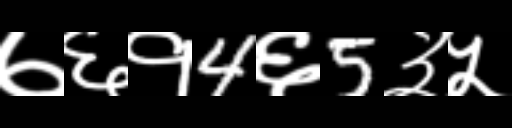
Text: ७६१4६5३५